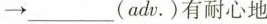
→ ___ (adv.)有耐心地